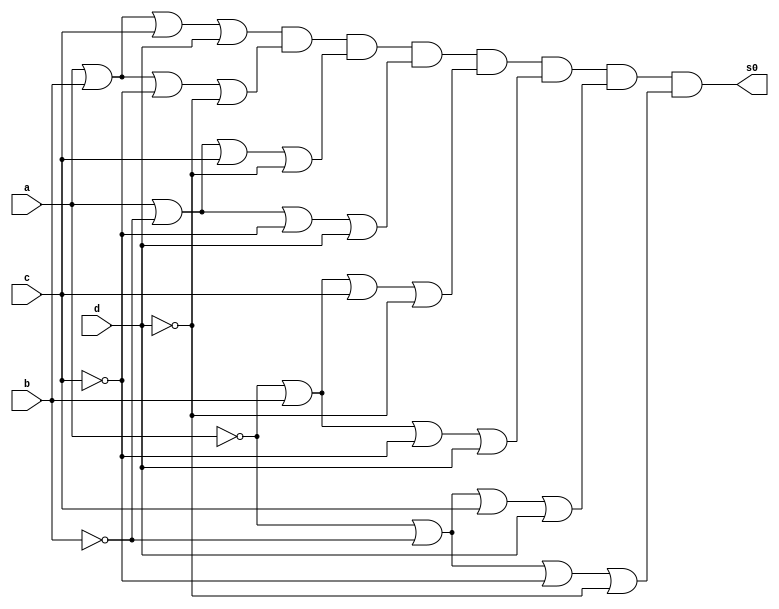
// Giselle Caroline Vieira
// Prava 01 - letra d


module s0maxtermos (s0,a,b,c,d);
output s0;
input a,b,c,d;
wire t1,t2,t3,t4,t5,t,t7,t8;


or OR1(t1,a,b,c,d);
or OR2(t2,a,b,~c,~d);
or OR3 (t3, a,~b,c,~d);
or OR4 (t4,a,~b,~c,d);
or OR5 (t5,~a,b,c,~d);
or OR6 (t6,~a,b,~c,d);
or OR7 (t7,~a,~b,c,d);
or OR8 (t8,~a,~b,~c,~d);


and AND1 (s0,t1,t2,t3,t4,t5,t6,t7,t8); 


endmodule //fim s0mintermos

module testes0;

wire s0;
reg a,b,c,d;

s0maxtermos Teste (s0,a,b,c,d);

 initial begin
      $display("\na  b   c   d  s0\n");
      $monitor("%b  %b   %b   %b  %b", a, b, c, d, s0);
  
	     a=0; b=0; c=0; d=0;  
    #1  a=0; b=0; c=0; d=1;
    #1  a=0; b=0; c=1; d=0;
    #1  a=0; b=0; c=1; d=1;
    #1  a=0; b=1; c=0; d=0;
 	 #1  a=0; b=1; c=0; d=1;
    #1  a=0; b=1; c=1; d=0;
    #1  a=0; b=1; c=1; d=1;
    #1  a=1; b=0; c=0; d=0;
    #1  a=1; b=0; c=0; d=1;
    #1  a=1; b=0; c=1; d=0;
    #1  a=1; b=0; c=1; d=1;
    #1  a=1; b=1; c=0; d=0;
    #1  a=1; b=1; c=0; d=1;
    #1  a=1; b=1; c=1; d=0;
    #1  a=1; b=1; c=1; d=1;


        
    end
    endmodule